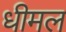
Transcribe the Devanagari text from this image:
धीमल